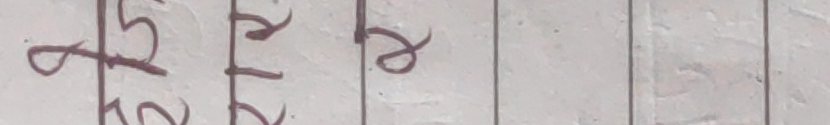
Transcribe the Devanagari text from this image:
२। २७
र। e